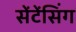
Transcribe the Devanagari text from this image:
सेंटेंसिंग